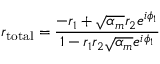
r _ { \mathrm { t o t a l } } = \frac { - r _ { 1 } + \sqrt { \alpha _ { m } } r _ { 2 } e ^ { i \phi _ { 1 } } } { 1 - r _ { 1 } r _ { 2 } \sqrt { \alpha _ { m } } e ^ { i \phi _ { 1 } } }